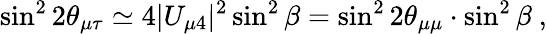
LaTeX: \sin^{2}2\theta_{\mu\tau}\simeq 4|U_{\mu 4}|^{2}\sin^{2}\beta=\sin^{2}2\theta_{\mu\mu}\cdot\sin^{2}\beta~,